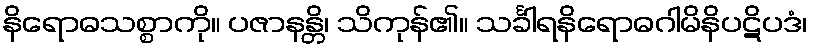
နိရောဓသစ္စာကို။ ပဇာနန္တိ၊ သိကုန်၏။ သင်္ခါရနိရောဓဂါမိနိပဋိပဒံ၊